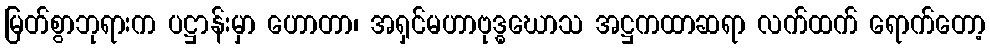
မြတ်စွာဘုရားက ပဋ္ဌာန်းမှာ ဟောတာ၊ အရှင်မဟာဗုဒ္ဓဃောသ အဋ္ဌကထာဆရာ လက်ထက် ရောက်တော့